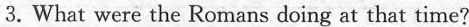
3.What were the Romans doing at that time?